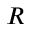
R